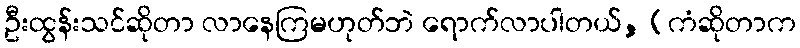
ဦးထွန်းသင်ဆိုတာ လာနေကြမဟုတ်ဘဲ ရောက်လာပါတယ်, (ကံဆိုတာက